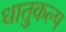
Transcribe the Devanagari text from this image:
धातुकल्प